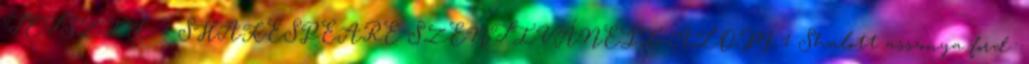
TETSZIK. 1 SHAKESPEARE SZENTIVÁNÉJI ÁLOM 1 Shalott asszonya ford.: